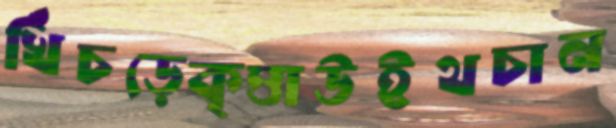
খিঁচড়েকৃত্তাউইথচান